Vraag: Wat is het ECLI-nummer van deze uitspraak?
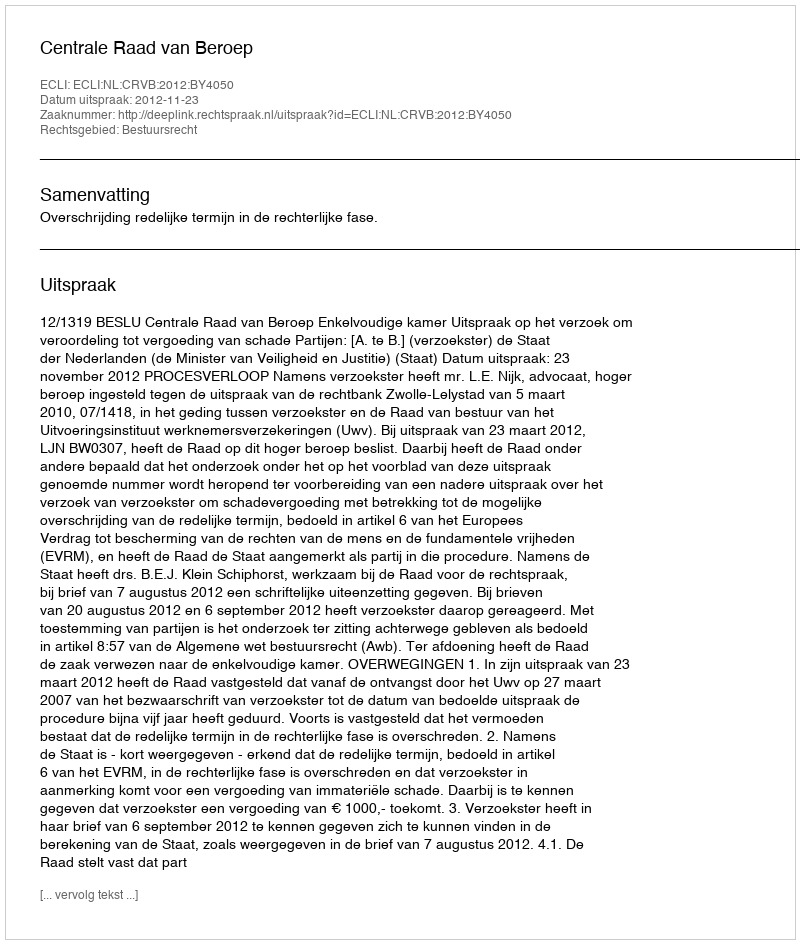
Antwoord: ECLI:NL:CRVB:2012:BY4050